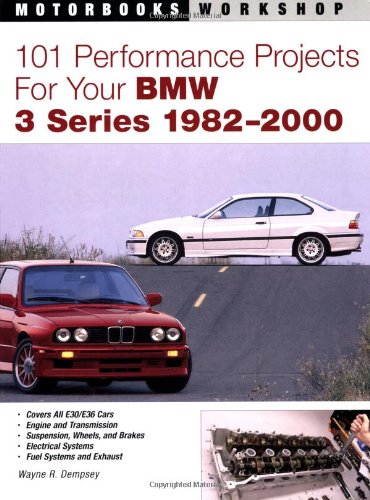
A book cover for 101 Performance Projects for Your BMW 3 Series 1982-2000 (Motorbooks Workshop); Wayne R. Dempsey; Engineering & Transportation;